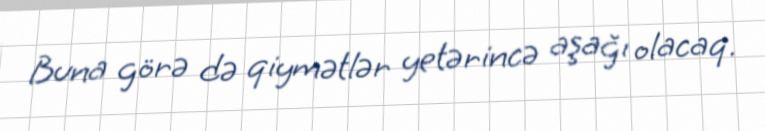
Buna görə də qiymətlər yetərincə aşağı olacaq.